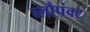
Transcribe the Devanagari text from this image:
ब्लौपंक्ट